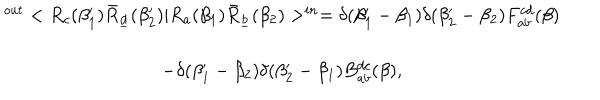
\begin{array} { c } { { ^ { o u t } < R _ { c } ( \beta _ { 1 } ^ { \prime } ) \bar { R } _ { \underline { { d } } } ( \beta _ { 2 } ^ { \prime } ) | R _ { a } ( \beta _ { 1 } ) \bar { R } _ { \underline { { b } } } ( \beta _ { 2 } ) > ^ { i n } = \delta ( \beta _ { 1 } ^ { \prime } - \beta _ { 1 } ) \delta ( \beta _ { 2 } ^ { \prime } - \beta _ { 2 } ) F _ { a b } ^ { c d } ( \beta ) } } \\ { { - \delta ( \beta _ { 1 } ^ { \prime } - \beta _ { 2 } ) \delta ( \beta _ { 2 } ^ { \prime } - \beta _ { 1 } ) B _ { a b } ^ { d c } ( \beta ) , } } \\ \end{array}